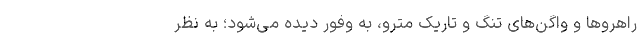
راهروها و واگن‌های تنگ و تاریک مترو، به وفور دیده می‌شود؛ به نظر